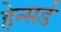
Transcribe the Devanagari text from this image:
हेन्सर्ड